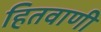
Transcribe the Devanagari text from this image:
हितवाणी